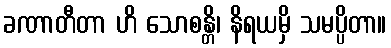
ခဏာတီတာ ဟိ သောစန္တိ၊ နိရယမှိ သမပ္ပိတာ။